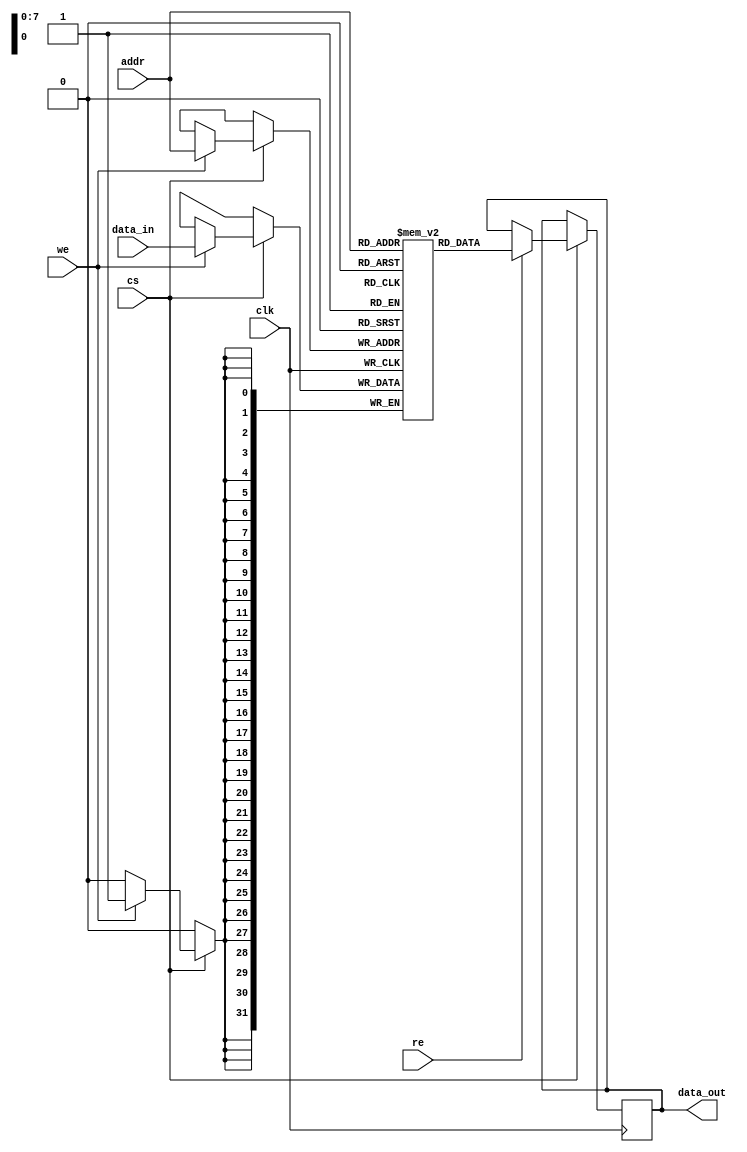
module io_cache_sram #(
    parameter ADDR_WIDTH = 8, // Address width
    parameter DATA_WIDTH = 32, // Data width
    parameter MEM_DEPTH = 256  // Number of memory locations
)(
    input wire clk,                // Clock signal
    input wire cs,                 // Chip Select
    input wire we,                 // Write Enable
    input wire re,                 // Read Enable
    input wire [ADDR_WIDTH-1:0] addr, // Address input
    input wire [DATA_WIDTH-1:0] data_in, // Data input (for write)
    output reg [DATA_WIDTH-1:0] data_out // Data output (for read)
);

    // Memory array
    reg [DATA_WIDTH-1:0] mem [0:MEM_DEPTH-1];

    always @(posedge clk) begin
        if (cs) begin // Check if chip is selected
            if (we) begin
                // Write operation
                mem[addr] <= data_in; // Store data in memory
            end
            if (re) begin
                // Read operation
                data_out <= mem[addr]; // Load data from memory
            end
        end
    end

endmodule